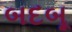
બદબૂ